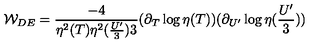
{ \cal W } _ { D E } = \frac { - 4 } { \eta ^ { 2 } ( T ) \eta ^ { 2 } ( \frac { U ^ { \prime } } { 3 } ) 3 } ( \partial _ { T } \log \eta ( T ) ) ( \partial _ { U ^ { \prime } } \log \eta ( \frac { U ^ { \prime } } { 3 } ) )